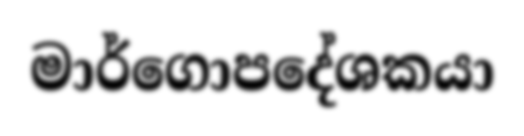
මාර්ගොපදේශකයා